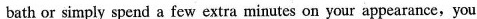
bath or simply spend a few extra minutes on your appearance,you